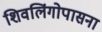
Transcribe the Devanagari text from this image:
शिवलिंगोपासना